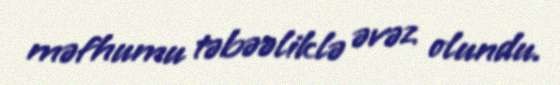
məfhumu təbəəliklə əvəz olundu.